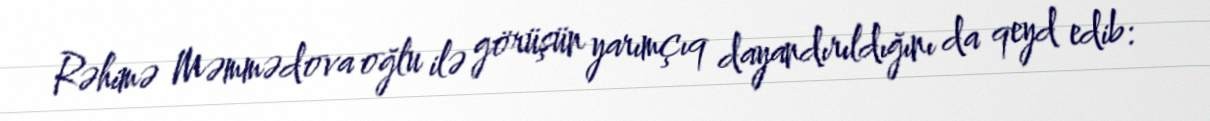
Rəhimə Məmmədova oğlu ilə görüşün yarımçıq dayandırıldığını da qeyd edib: